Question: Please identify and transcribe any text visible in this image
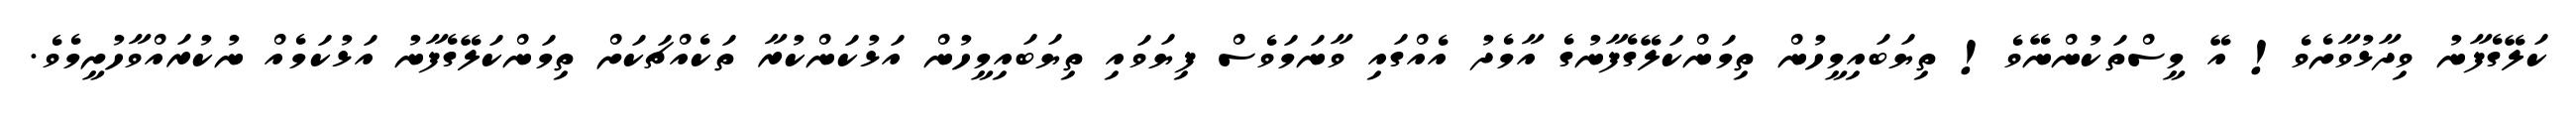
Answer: ކަލޭގެފާނު ވިދާޅުވާށެވެ! އޭ މީސްތަކުންނޭވެ! ތިޔަބައިމީހުން ތިމަންކަލޭގެފާނުގެ އާމެދު އެއްގައި ވާނަމަވެސް ފިޔަވައި ތިޔަބައިމީހުން އަޅުކަންކުރާ ތަކެއްޗަކަށް ތިމަންކަލޭގެފާނު އަޅުކަމެއް ނުކުރައްވާހުށީމެވެ.